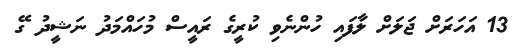
13 އަހަރަށް ޖަލަށް ލާފައި ހުންނެވި ކުރީގެ ރައީސް މުހައްމަދު ނަޝީދު ގޭ